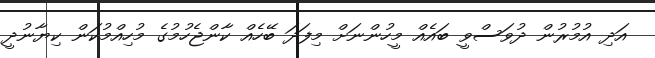
އަދި އުމުރުން ދުވަސްވީ ބައެއް މީހުންނަށް މިފަދަ ބޭހެއް ކާންޖެހުމުގެ މުހިއްމުކަން ކިޔާނުދީ